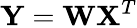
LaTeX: \mathbf{Y}={\mathbf{W}}\mathbf{X}^{T}